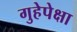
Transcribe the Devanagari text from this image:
गुहेपेक्षा